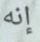
إنه